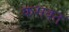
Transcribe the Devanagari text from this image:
फसवत